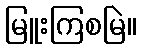
မြူးကြစမြဲ။